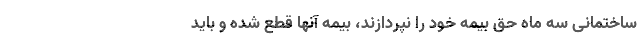
ساختمانی سه ماه حق بیمه خود را نپردازند، بیمه آنها قطع شده و باید